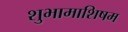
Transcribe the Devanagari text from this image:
शुभामाशिषम